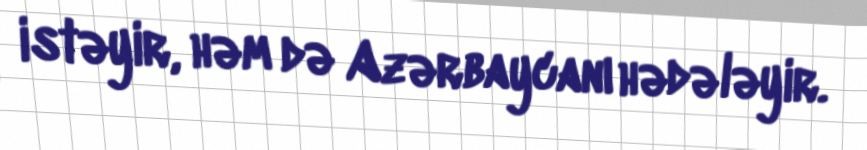
istəyir, həm də Azərbaycanı hədələyir.